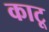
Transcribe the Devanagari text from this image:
काटू